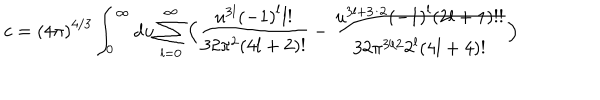
c = { ( 4 \pi ) } ^ { 4 / 3 } \int _ { 0 } ^ { \infty } d u \sum _ { l = 0 } ^ { \infty } \Big ( \frac { u ^ { 3 l } { ( - 1 ) } ^ { l } l ! } { 3 2 \pi ^ { 2 } ( 4 l + 2 ) ! } - \frac { u ^ { 3 l + 3 / 2 } { ( - 1 ) } ^ { l } ( 2 l + 1 ) ! ! } { 3 2 \pi ^ { 3 / 2 } 2 ^ { l } ( 4 l + 4 ) ! } \Big )